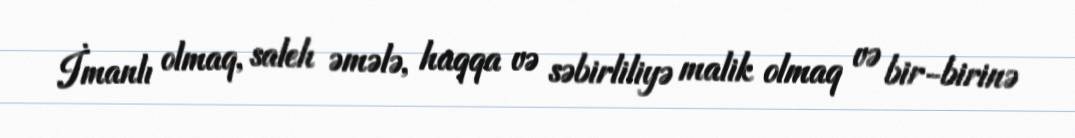
İmanlı olmaq, saleh əmələ, haqqa və səbirliliyə malik olmaq və bir-birinə